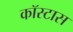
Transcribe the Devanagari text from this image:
कॉस्टास